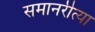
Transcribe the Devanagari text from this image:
समानरीत्या